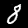
Digit: 8